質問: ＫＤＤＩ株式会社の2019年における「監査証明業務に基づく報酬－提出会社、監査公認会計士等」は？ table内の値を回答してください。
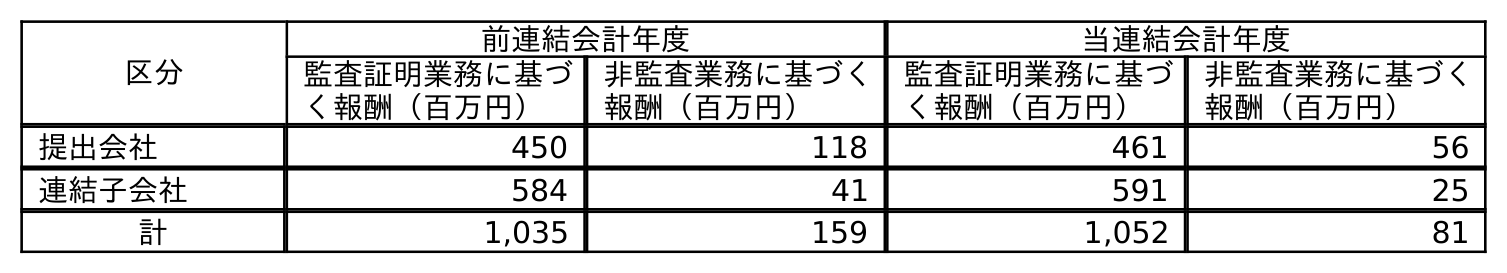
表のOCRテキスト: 区分 前連結会計年度 当連結会計年度 監査証明業務に基づ く報酬（百万円） 非監査業務に基づく 報酬（百万円） 監査証明業務に基づ く報酬（百万円） 非監査業務に基づく 報酬（百万円） 提出会社 450 118 461 56 連結子会社 584 41 591 25 計 1,035 159 1,052 81
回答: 450